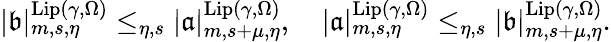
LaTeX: \begin{array}{r}{|\mathfrak{b}|_{m,s,\eta}^{\mathrm{Lip}(\gamma,\Omega)}\le_{\eta,s}|\mathfrak{a}|_{m,{s+\mu},\eta}^{\mathrm{Lip}(\gamma,\Omega)},\quad|\mathfrak{a}|_{m,s,\eta}^{\mathrm{Lip}(\gamma,\Omega)}\le_{\eta,s}|\mathfrak{b}|_{m,{s+\mu},\eta}^{\mathrm{Lip}(\gamma,\Omega)}.}\end{array}